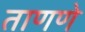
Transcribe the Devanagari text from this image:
ताणणे